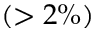
( > 2 \% )